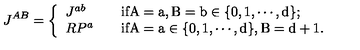
J ^ { A B } = \left\{ \begin{array} { l l } { J ^ { a b } } & { \mathrm { i f A = a , B = b \in \{ 0 , 1 , \cdots , d \} ; } } \\ { R P ^ { a } \quad } & { \mathrm { i f A = a \in \{ 0 , 1 , \cdots , d \} , B = d + 1 . } } \\ \end{array} \right.